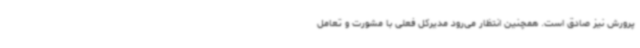
پرورش نیز صادق است. همچنین انتظار می‌رود مدیرکل فعلی با مشورت و تعامل